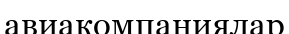
авиакомпаниялар